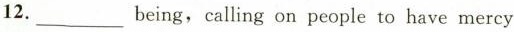
12.___ being,calling on people to have mercy